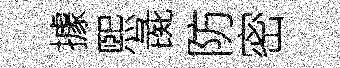
據煕彘防密